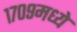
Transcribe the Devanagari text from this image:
१७०९मध्ये